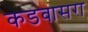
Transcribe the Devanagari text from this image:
कडवासरा